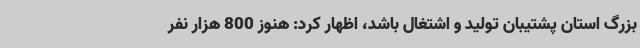
بزرگ استان پشتیبان تولید و اشتغال باشد، اظهار کرد: هنوز 800 هزار نفر